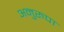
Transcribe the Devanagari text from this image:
अनुरुपा